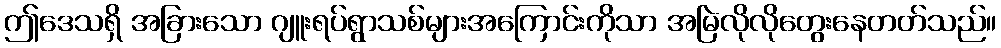
ဤဒေသရှိ အခြားသော ဂျူးရပ်ရွာသစ်များအကြောင်းကိုသာ အမြဲလိုလိုတွေးနေတတ်သည်။